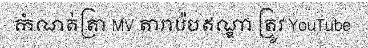
កំណត់ត្រា MV តារារ៉េបឥណ្ឌា ត្រូវ YouTube